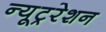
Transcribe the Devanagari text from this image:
न्यूट्ररेशन